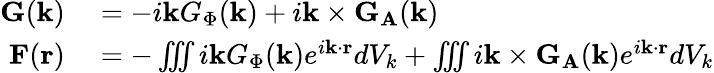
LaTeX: \begin{array}{rl}{\mathbf{G}(\mathbf{k})}&{{}=-i\mathbf{k}G_{\Phi}(\mathbf{k})+i\mathbf{k}\times\mathbf{G}_{\mathbf{A}}(\mathbf{k})}\\ {\mathbf{F}(\mathbf{r})}&{{}=-\iiint i\mathbf{k}G_{\Phi}(\mathbf{k})e^{i\mathbf{k}\cdot\mathbf{r}}dV_{k}+\iiint i\mathbf{k}\times\mathbf{G}_{\mathbf{A}}(\mathbf{k})e^{i\mathbf{k}\cdot\mathbf{r}}dV_{k}}\end{array}